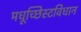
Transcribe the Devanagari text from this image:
मधूच्छिस्टविधान